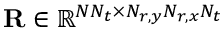
\mathbf { R } \in \mathbb { R } ^ { N N _ { t } \times N _ { r , y } N _ { r , x } N _ { t } }